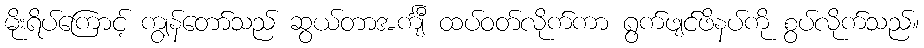
မိုးရိပ်ကြောင့် ကျွန်တော်သည် ဆွယ်တာအင်္ကျီ ထပ်ဝတ်လိုက်ကာ ရွက်ဖျင်ဖိနပ်ကို စွပ်လိုက်သည်။